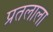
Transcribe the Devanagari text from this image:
प्रतलाला